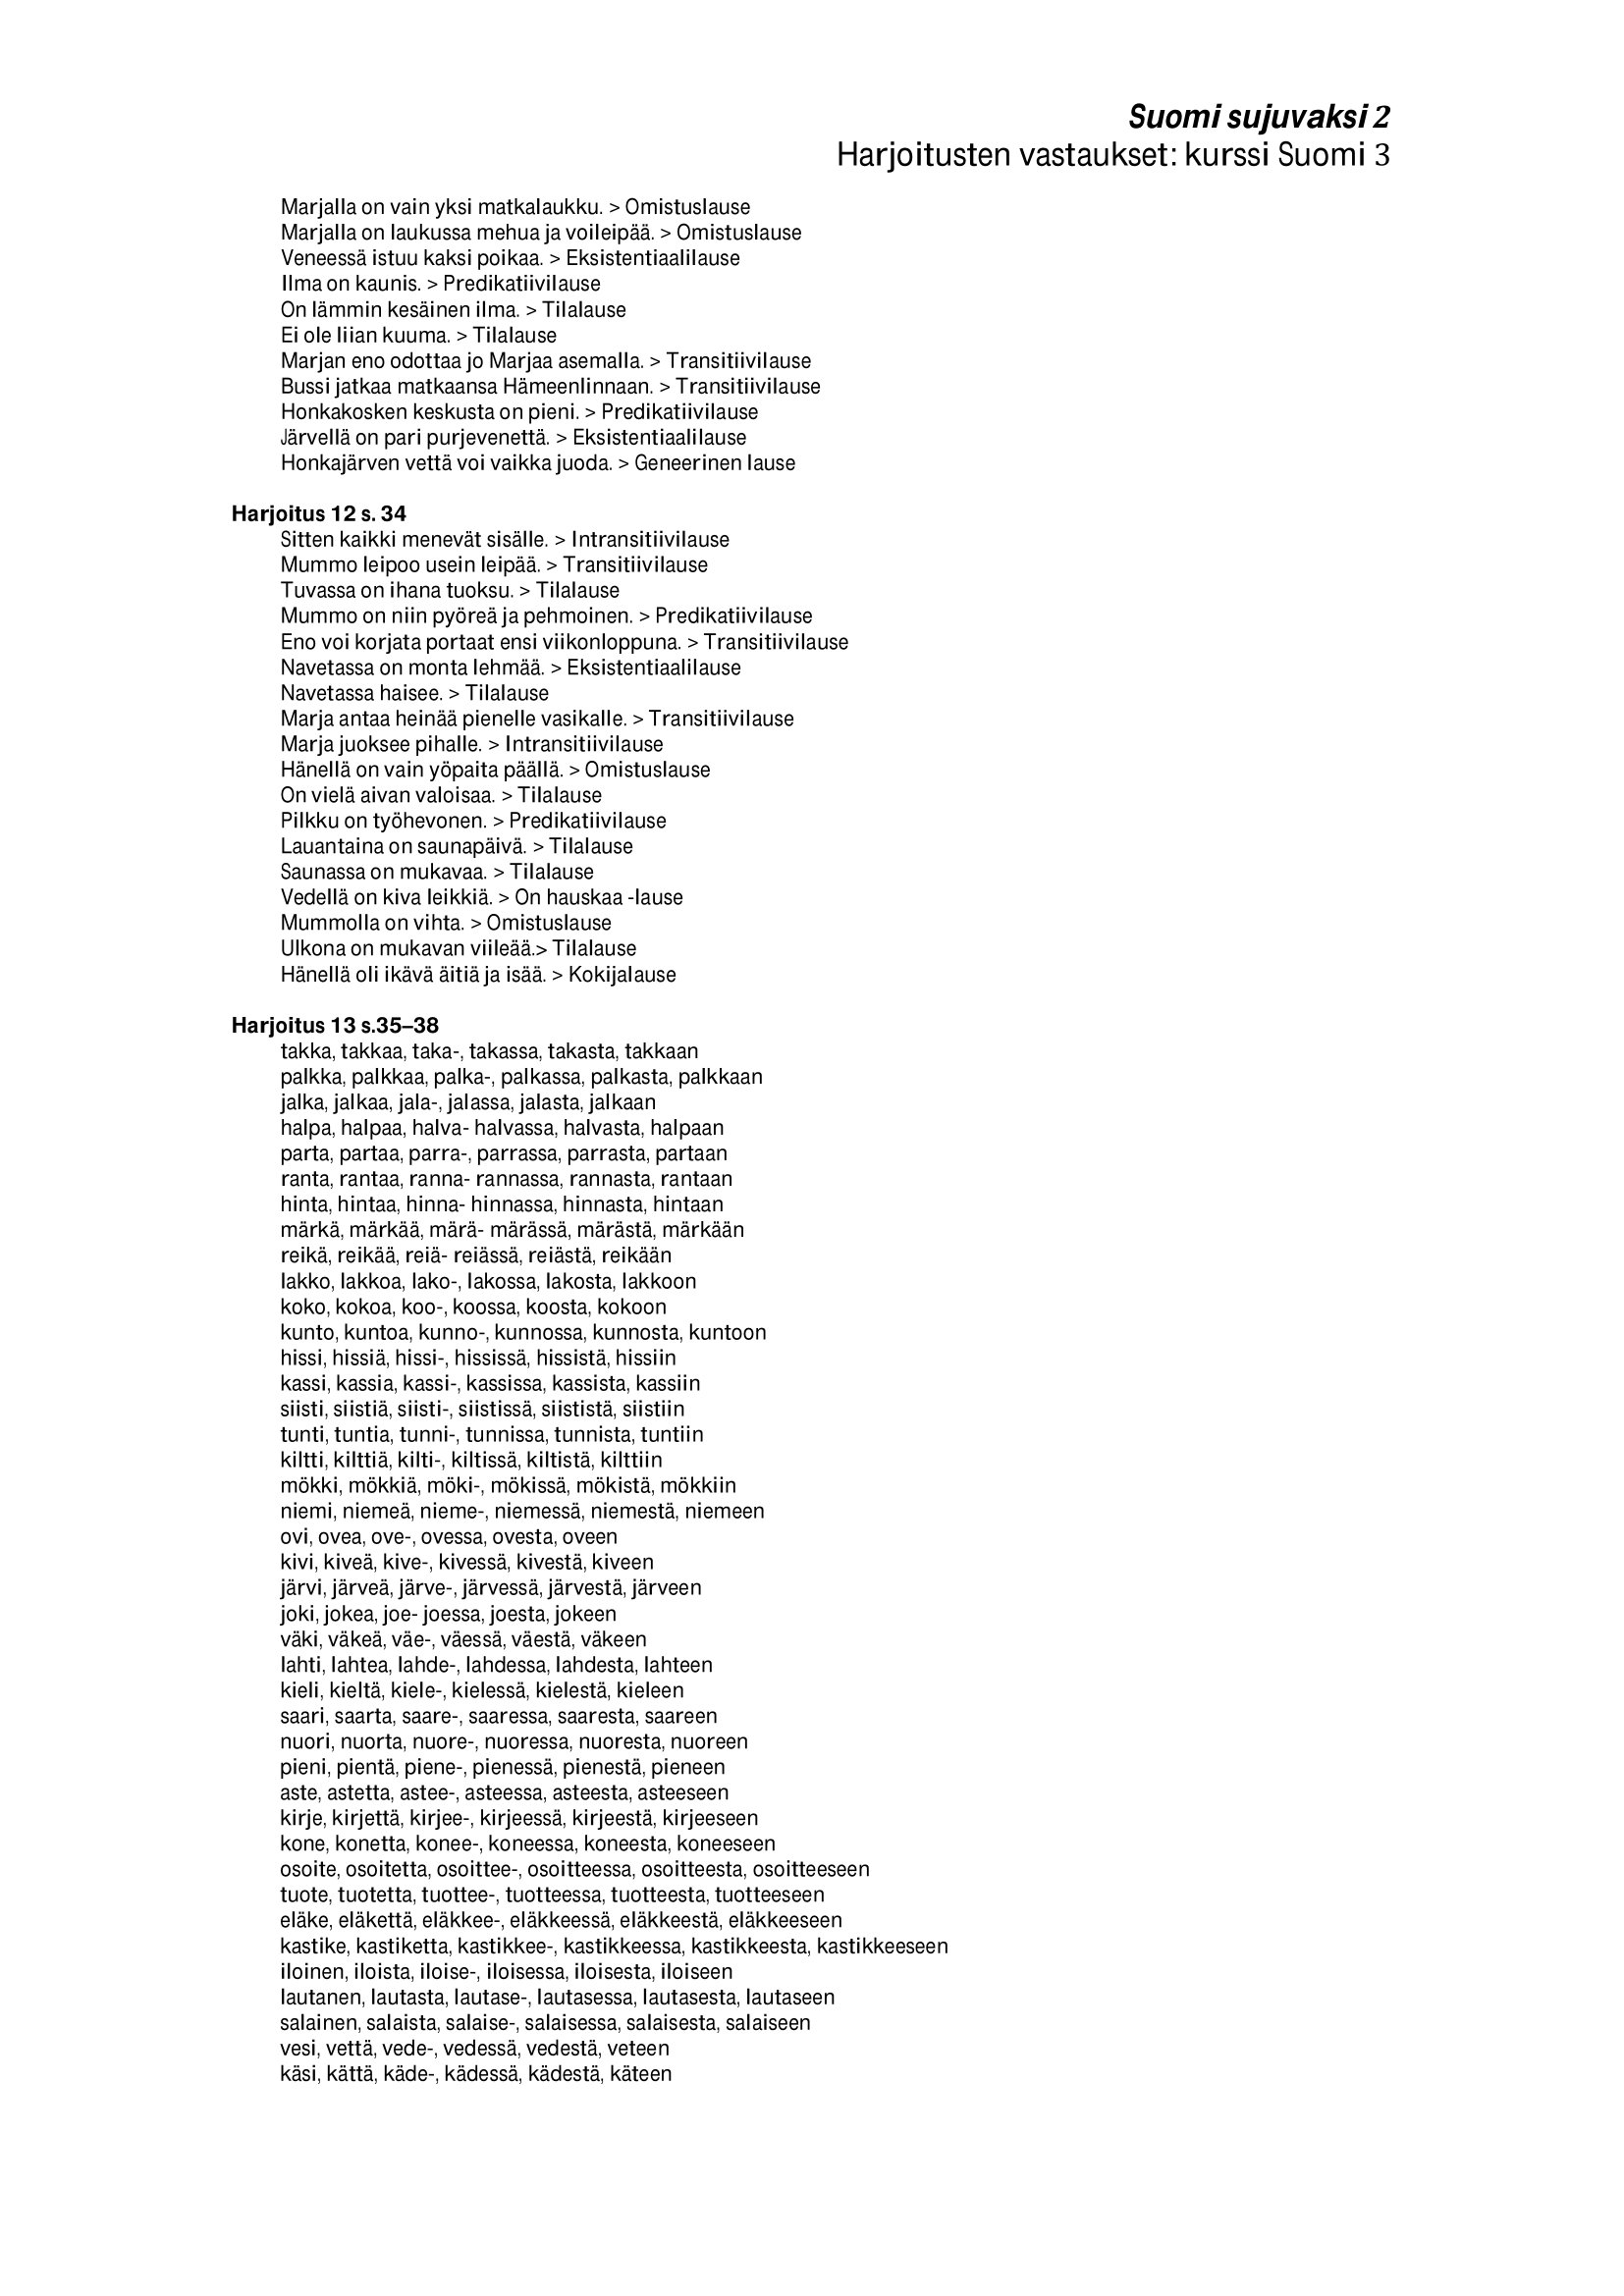
Language: fn